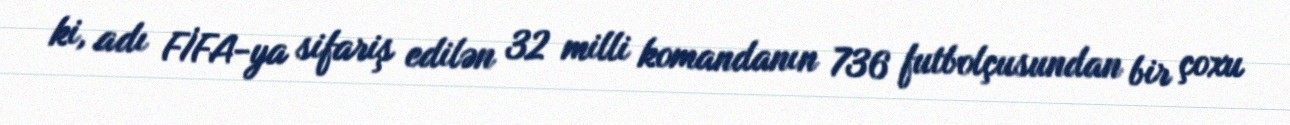
ki, adı FİFA-ya sifariş edilən 32 milli komandanın 736 futbolçusundan bir çoxu